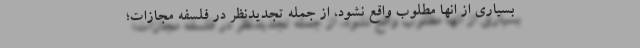
بسیاری از انها مطلوب واقع نشود، از جمله تجدیدنظر در فلسفه مجازات؛